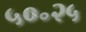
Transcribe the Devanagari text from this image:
५०॰२५